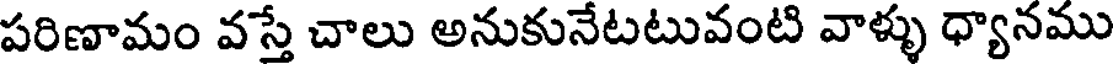
పరిణామం వస్తే చాలు అనుకునేటటువంటి వాళ్ళు ధ్యానము